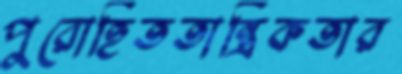
পুরোহিততান্ত্রিকতার